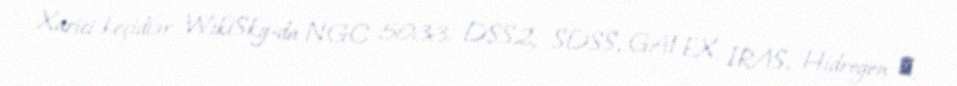
Xarici keçidlər WikiSky-da NGC 5033: DSS2, SDSS, GALEX, IRAS, Hidrogen α,